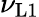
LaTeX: \nu_{\mathrm{L1}}